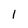
Character: l